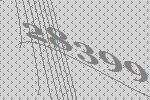
28399